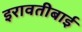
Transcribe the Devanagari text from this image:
इरावतीबाई